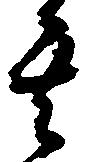
其